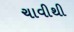
ચાવીથી